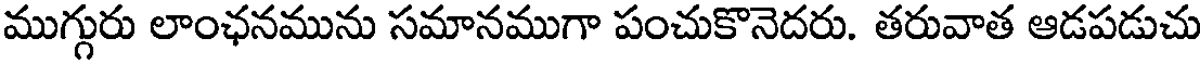
ముగ్గురు లాంఛనమును సమానముగా పంచుకొనెదరు. తరువాత ఆడపడుచు